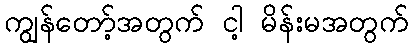
ကျွန်တော့်အတွက် ငါ့ မိန်းမအတွက်